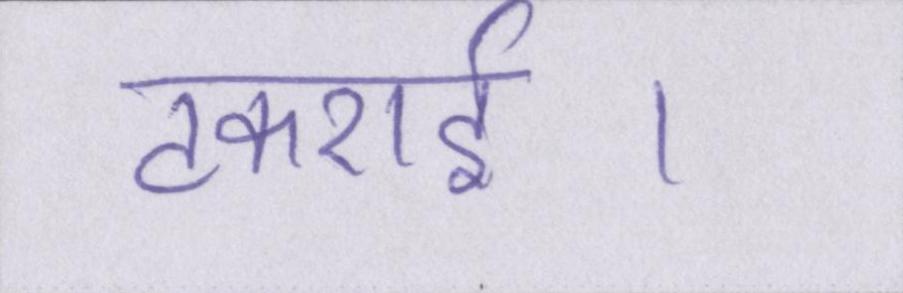
टकराई।